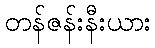
တန်ဇန်းနီးယား